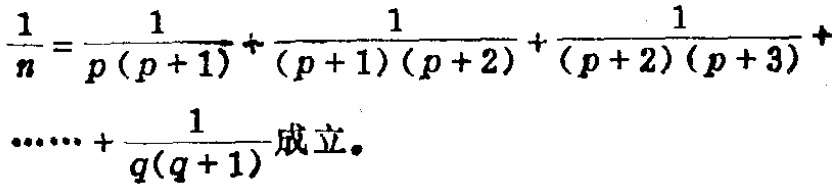
$\frac{1}{n}=\frac{1}{p(p + 1)}+\frac{1}{(p + 1)(p + 2)}+\frac{1}{(p + 2)(p + 3)}+\cdots\cdots+\frac{1}{q(q + 1)}成立。$